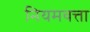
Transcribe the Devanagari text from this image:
नियमवत्ता